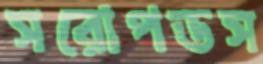
সরোপডস